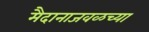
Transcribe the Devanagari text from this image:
मैदानाजवळच्या